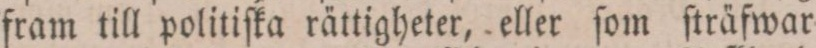
fram till politiſka rättigheter, eller ſom ſträfwar